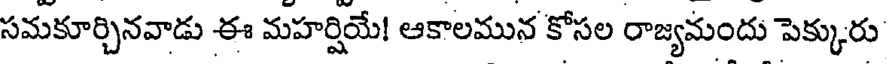
సమకూర్చినవాడు ఈ మహర్షియే! ఆకాలమున కోసల రాజ్యమందు పెక్కురు